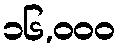
၁၆,၀၀၀